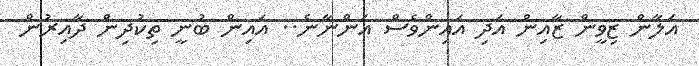
އަލާން ޒިވީން ޒާއިން އަދި އައިންވެސް އަންނާނެ.. އައިން ބުނީ ތިކުދިން ދާއިރުން